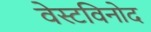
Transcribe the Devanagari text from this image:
वेस्टविनोद